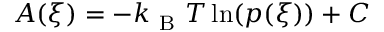
\begin{array} { r } { A ( \xi ) = - k _ { \mathrm { ~ B ~ } } T \ln ( p ( \xi ) ) + C } \end{array}